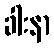
ခါးနာ